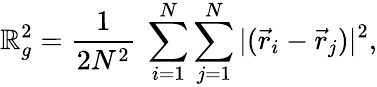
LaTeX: \mathbb{R}_{g}^{2}=\frac{{1}}{{2N^{2}}}~\sum_{i=1}^{N}\sum_{j=1}^{N}|({\vec{{r}}}_{i}-{\vec{{r}}}_{j})|^{2},